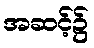
အဆင့်၌